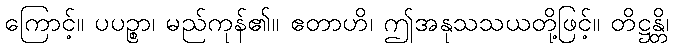
ကြောင့်။ ပပဉ္စာ၊ မည်ကုန်၏။ ဧတာဟိ၊ ဤအနုသသယတို့ဖြင့်။ တိဋ္ဌန္တိ၊